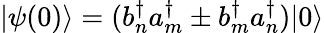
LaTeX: \vert\psi(0)\rangle=(b_{n}^{\dagger}a_{m}^{\dagger}\pm b_{m}^{\dagger}a_{n}^{\dagger})\vert 0\rangle